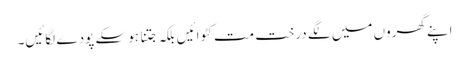
اپنے گھروں میں لگے درخت مت کٹوائیں بلکہ جتنا ہو سکے پودے لگائیں۔